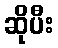
ဆိုပီး